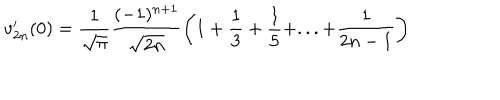
LaTeX: v _ { 2 n } ^ { \prime } ( 0 ) = \frac { 1 } { \sqrt { \pi } } \frac { ( - 1 ) ^ { n + 1 } } { \sqrt { 2 n } } \left( 1 + \frac { 1 } { 3 } + \frac { 1 } { 5 } + . . . + \frac { 1 } { 2 n - 1 } \right)